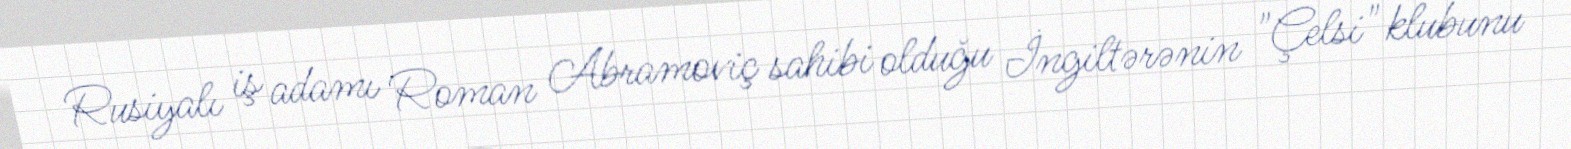
Rusiyalı iş adamı Roman Abramoviç sahibi olduğu İngiltərənin "Çelsi" klubunu